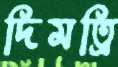
দিমত্রি